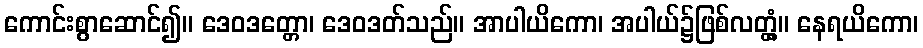
ကောင်းစွာဆောင်၍။ ဒေဝဒတ္တော၊ ဒေဝဒတ်သည်။ အာပါယိကော၊ အပါယ်၌ဖြစ်လတ္တံ့။ နေရယိကော၊